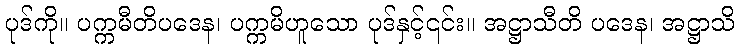
ပုဒ်ကို။ ပက္ကမီတိပဒေန၊ ပက္ကမိဟူသော ပုဒ်နှင့်၎င်း။ အဋ္ဌာသီတိ ပဒေန၊ အဋ္ဌာသိ